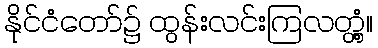
နိုင်ငံတော်၌ ထွန်းလင်းကြလတ္တံ့။